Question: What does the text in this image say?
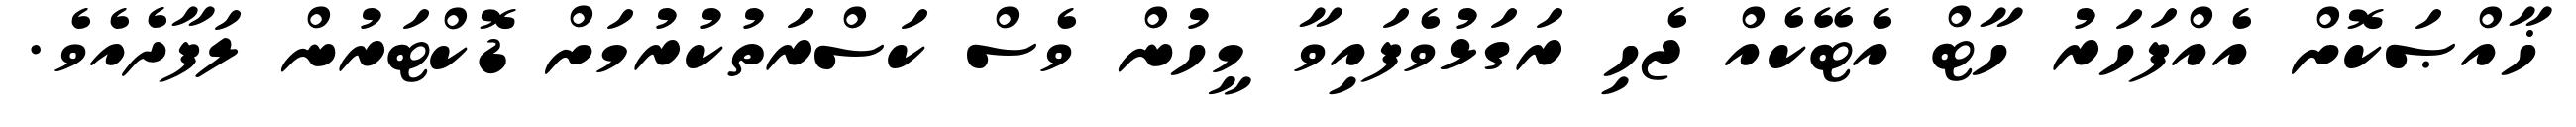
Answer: ޚާއްޞަކޮށް އެއްފަހަރު ހާޓް އެޓޭކެއް ޖެހި ރަގަޅުވެފައިވާ މީހުން ވެސް ކަސްރަތުކުރުމަށް ޑޮކްޓަރުން ލަފާދެއެވެ.